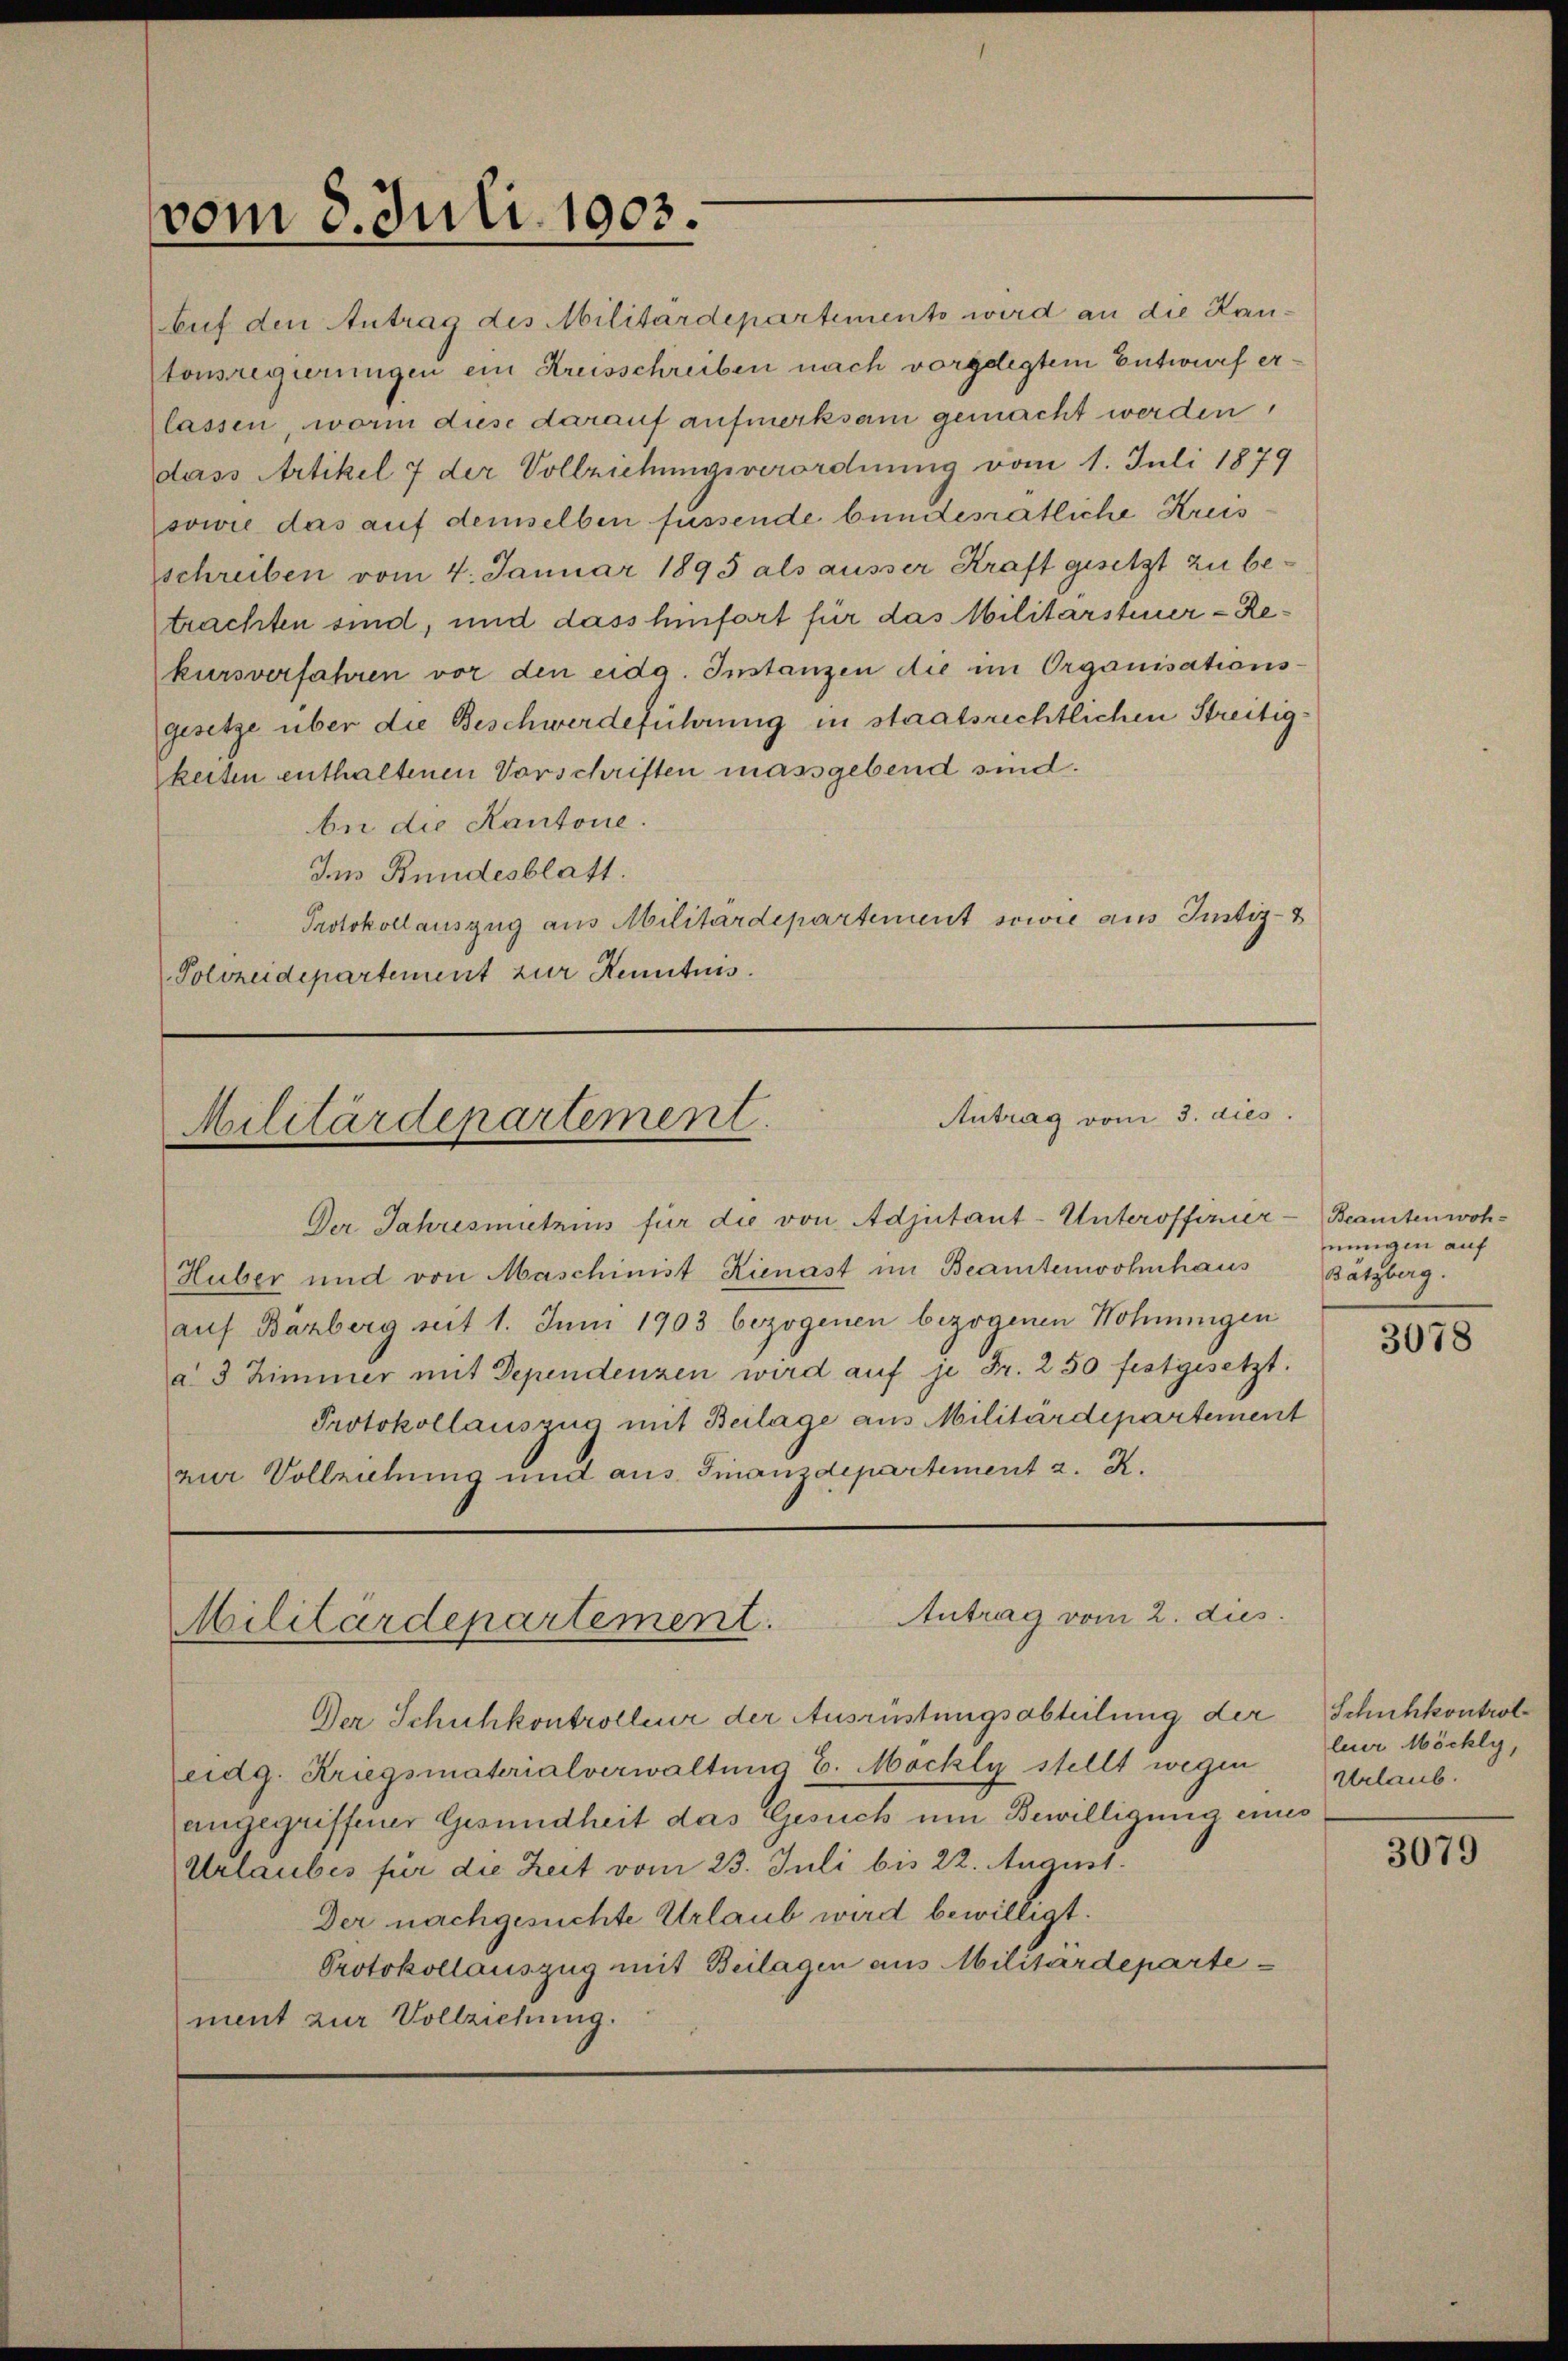
vom 8. Juli 1903.
e

buf den Antrag des Militärdepartemento wird an die Kan¬
Stonsregierungen ein Kreisschreiben nach vorgelegtem Entwurf erlassen worin diese darauf aufmerksam gemacht werden,
dass Artikel 7 der Vollziehungsverordnung vom 1. Juli 1879
sowie das auf demselben fussende bundesratliche Kreis
schreiben vom 4. Januar 1895 als ausser Kraft gesetzt zu betrachten sind, und dass hinfort für das Militärsteuer-Rekursverfahren vor den eida. Instanzen die im Organisations-
gesetze über die Beschwerdeführung in staatsrechtlichen Streitigkeiten enthaltenen Vorschriften massgebend sind.
be die Kantone.
Ins Bundesblatt.
Protokoll auszug aus Militärdepartement sowie aus Justiz-
Polizeidepartement zur Kenntnis.

Antrag vom 3. dies
Militärdepartement
e

Der Jahresmietzins für die von Adjutant-Unteroffizier-Beamtenwoh¬
Huber und von Maschinist Kienast im Beamtenwohnhaus
auf Barberg seit 1. Juni 1903 bezogenen bezogenen Wohnungen
a 3 Zimmer mit Dependenzen wird auf je Fr. 250 festgesetzt.
Protokollauszug mit Beilage aus Militärdepartement
zur Vollziehung und aus. Finanzdepartement z. R.

Antrag vom 2. dies
Militärdepartement.

Der Schuhkontrolleur der Ausrüstungsabteilung der Schuhkontrol
eidg. Kriegsmaterialverwaltung v. Möckly stellt wegen Urlaub.
angegriffener Gesundheit das Gesuch um Bewilligung eines
Urlaubes für die Zeit vom 23. Juli bis 22. August.
Der nachgesuchte Urlaub wird bewilligt.
Protokollauszug mit Beilagen aus Militärdeparte
ment zur Vollziehung.

nungen auf
Bätzberg.

3078

leur Möchly,

3079